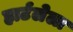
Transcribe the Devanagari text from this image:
हार्टलेला